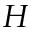
H